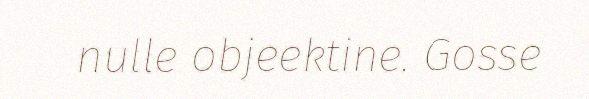
nulle objeektine. Gosse